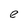
Character: e